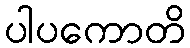
ပါပကောတိ